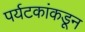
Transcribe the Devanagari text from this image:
पर्यटकांकडून